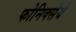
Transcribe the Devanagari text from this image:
फोनिक्सेबे